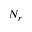
N _ { r }